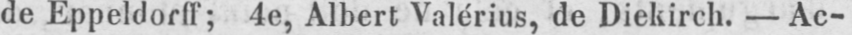
de Eppeldorff; 4e, Albert Valérius, de Diekirch. - Ac-